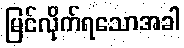
မြင်လိုက်ရသောအခါ